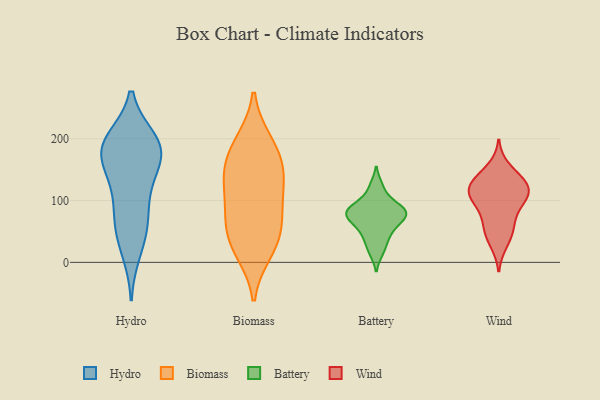
{"axis": {"x": "Humidity (%)", "y": "Value"}, "legend": ["Battery", "Biomass", "Hydro", "Wind"], "data": [{"x": "", "y": 133, "type": "Hydro"}, {"x": "", "y": 113, "type": "Hydro"}, {"x": "", "y": 51, "type": "Hydro"}, {"x": "", "y": 161, "type": "Hydro"}, {"x": "", "y": 81, "type": "Hydro"}, {"x": "", "y": 188, "type": "Hydro"}, {"x": "", "y": 190, "type": "Hydro"}, {"x": "", "y": 197, "type": "Hydro"}, {"x": "", "y": 18, "type": "Hydro"}, {"x": "", "y": 176, "type": "Hydro"}, {"x": "", "y": 179, "type": "Hydro"}, {"x": "", "y": 59, "type": "Hydro"}, {"x": "", "y": 191, "type": "Hydro"}, {"x": "", "y": 190, "type": "Biomass"}, {"x": "", "y": 25, "type": "Biomass"}, {"x": "", "y": 76, "type": "Biomass"}, {"x": "", "y": 155, "type": "Biomass"}, {"x": "", "y": 195, "type": "Biomass"}, {"x": "", "y": 59, "type": "Biomass"}, {"x": "", "y": 116, "type": "Biomass"}, {"x": "", "y": 143, "type": "Biomass"}, {"x": "", "y": 18, "type": "Biomass"}, {"x": "", "y": 153, "type": "Biomass"}, {"x": "", "y": 103, "type": "Biomass"}, {"x": "", "y": 47, "type": "Biomass"}, {"x": "", "y": 81, "type": "Battery"}, {"x": "", "y": 16, "type": "Battery"}, {"x": "", "y": 89, "type": "Battery"}, {"x": "", "y": 47, "type": "Battery"}, {"x": "", "y": 85, "type": "Battery"}, {"x": "", "y": 35, "type": "Battery"}, {"x": "", "y": 63, "type": "Battery"}, {"x": "", "y": 76, "type": "Battery"}, {"x": "", "y": 101, "type": "Battery"}, {"x": "", "y": 124, "type": "Battery"}, {"x": "", "y": 65, "type": "Battery"}, {"x": "", "y": 79, "type": "Battery"}, {"x": "", "y": 64, "type": "Wind"}, {"x": "", "y": 45, "type": "Wind"}, {"x": "", "y": 31, "type": "Wind"}, {"x": "", "y": 129, "type": "Wind"}, {"x": "", "y": 133, "type": "Wind"}, {"x": "", "y": 98, "type": "Wind"}, {"x": "", "y": 110, "type": "Wind"}, {"x": "", "y": 92, "type": "Wind"}, {"x": "", "y": 130, "type": "Wind"}, {"x": "", "y": 112, "type": "Wind"}, {"x": "", "y": 153, "type": "Wind"}, {"x": "", "y": 60, "type": "Wind"}, {"x": "", "y": 108, "type": "Wind"}, {"x": "", "y": 121, "type": "Wind"}]}